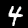
Digit: 4